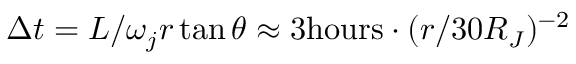
\Delta t = L / \omega _ { j } r \tan \theta \approx 3 \mathrm { h o u r s } \cdot ( r / 3 0 R _ { J } ) ^ { - 2 }